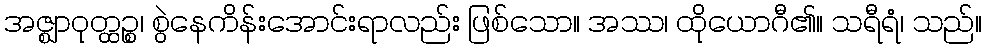
အဇ္ဈာဝုတ္ထဉ္စ၊ စွဲနေကိန်းအောင်းရာလည်း ဖြစ်သော။ အဿ၊ ထိုယောဂီ၏။ သရီရံ၊ သည်။